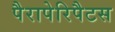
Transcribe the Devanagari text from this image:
पैरापेरिपैटस